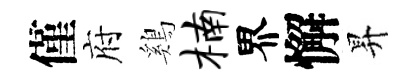
僅府鷄楠界懈昇